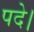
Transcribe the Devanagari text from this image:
पदे।